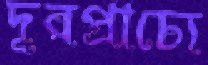
দূরপ্রাচ্যে